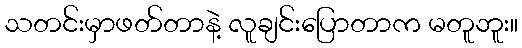
သတင်းမှာဖတ်တာနဲ့ လူချင်းပြောတာက မတူဘူး။